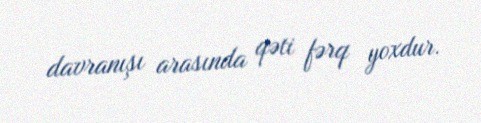
davranışı arasında qəti fərq yoxdur.